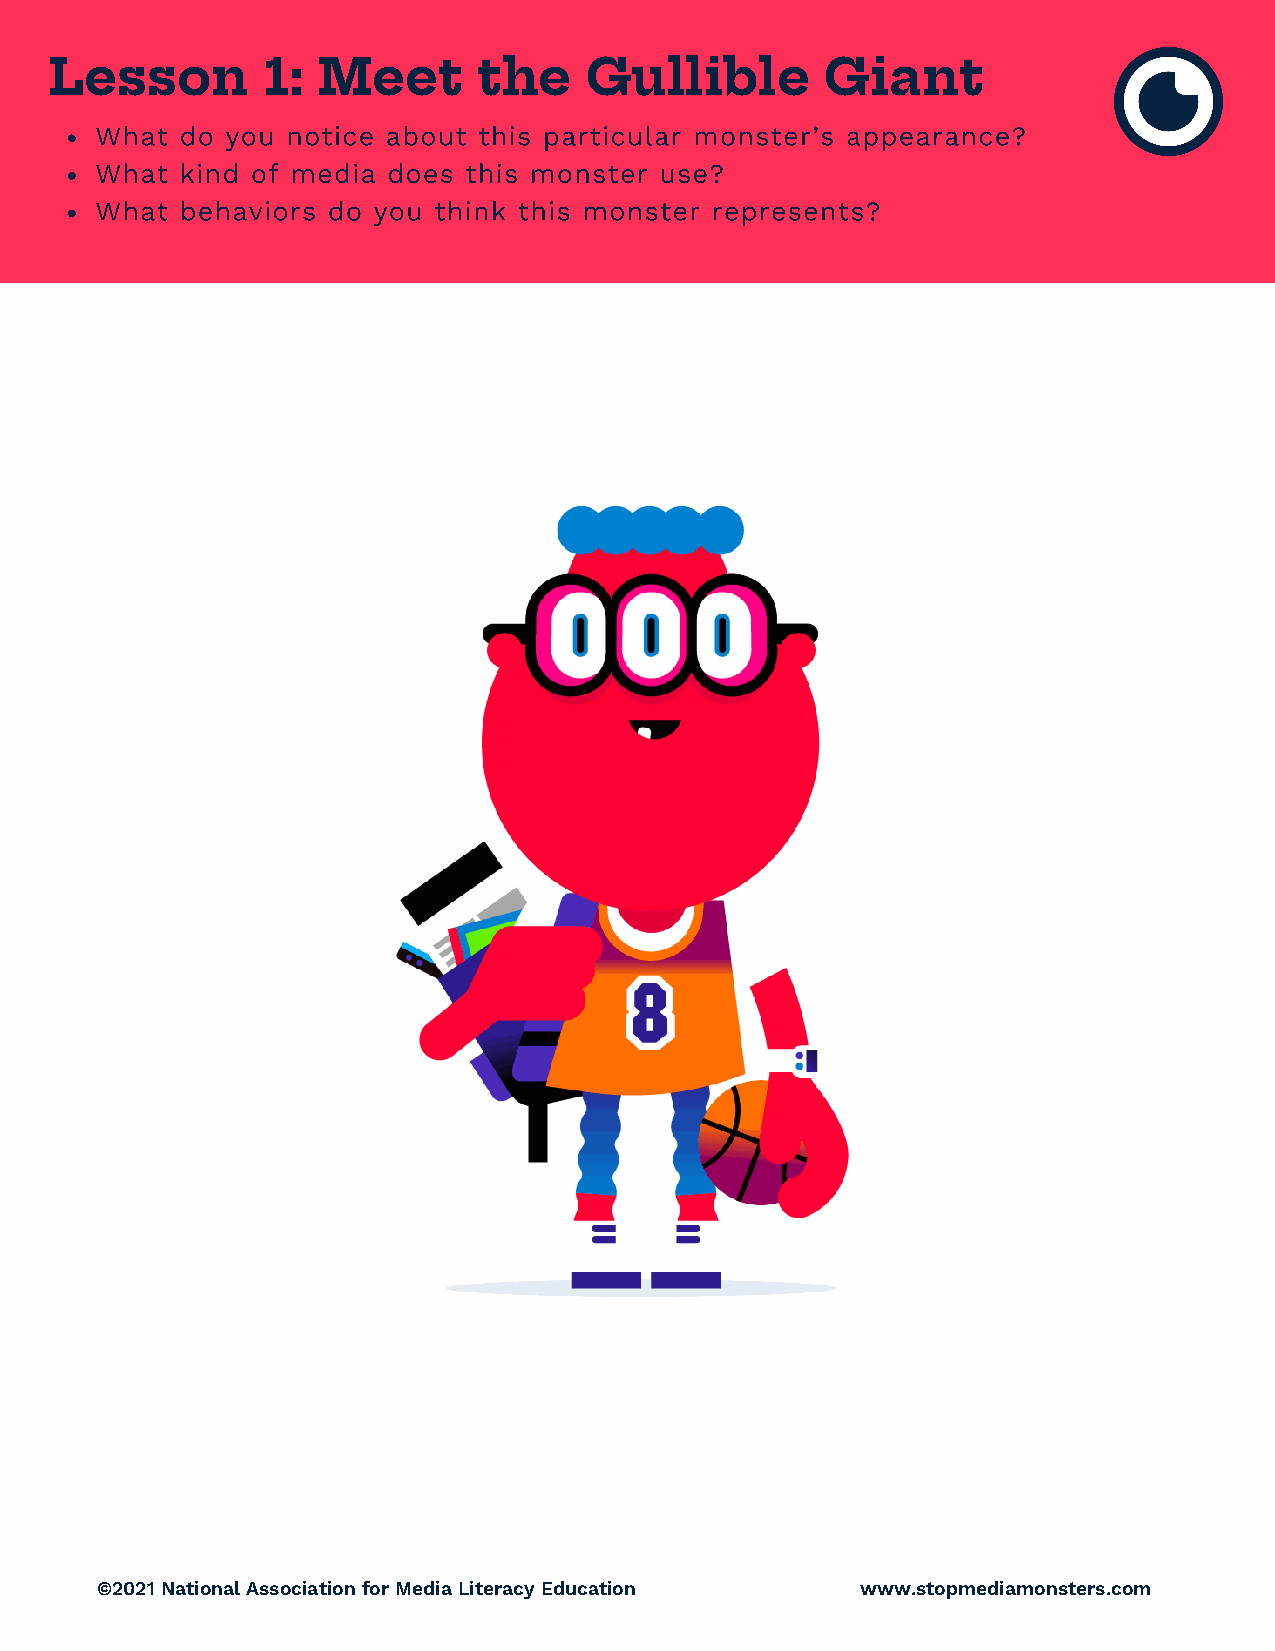
Lesson        1:  Meet       the    Gullible        Giant
 What  do you notice about this particular monster’s appearance?
 What  kind of media does this monster use?
 What  behaviors do you think this monster represents?
 ©2021 National Association for Media Literacy Education www.stopmediamonsters.com